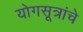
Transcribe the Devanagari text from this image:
योगसूत्रांचे